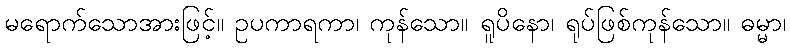
မရောက်သောအားဖြင့်။ ဥပကာရကာ၊ ကုန်သော။ ရူပိနော၊ ရုပ်ဖြစ်ကုန်သော။ ဓမ္မာ၊